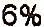
6%